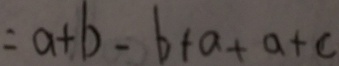
= a + b - b + a + a + c